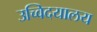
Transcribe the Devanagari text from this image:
उच्विदयालय